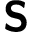
\boldsymbol { \mathsf { S } }